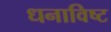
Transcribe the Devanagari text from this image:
धनाविष्ट